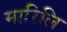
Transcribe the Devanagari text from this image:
मारिलि